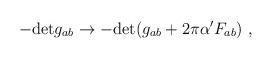
LaTeX: \begin{align*}-{\rm det}g_{ab}\to-{\rm det}(g_{ab}+2\pi\alpha^\prime F_{ab})\ ,\end{align*}